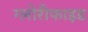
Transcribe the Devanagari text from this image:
ग्लोरीफाइड